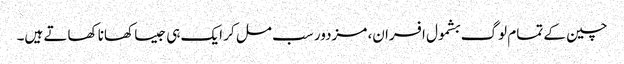
چین کے تمام لوگ بشمول افسران، مزدور سب مل کر ایک ہی جیسا کھانا کھاتے ہیں۔